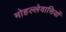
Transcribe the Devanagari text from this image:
मोहल्लेवासियों